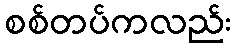
စစ်တပ်ကလည်း